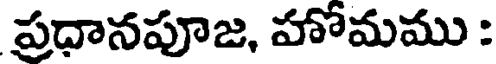
ప్రధానపూజ, హోమము :